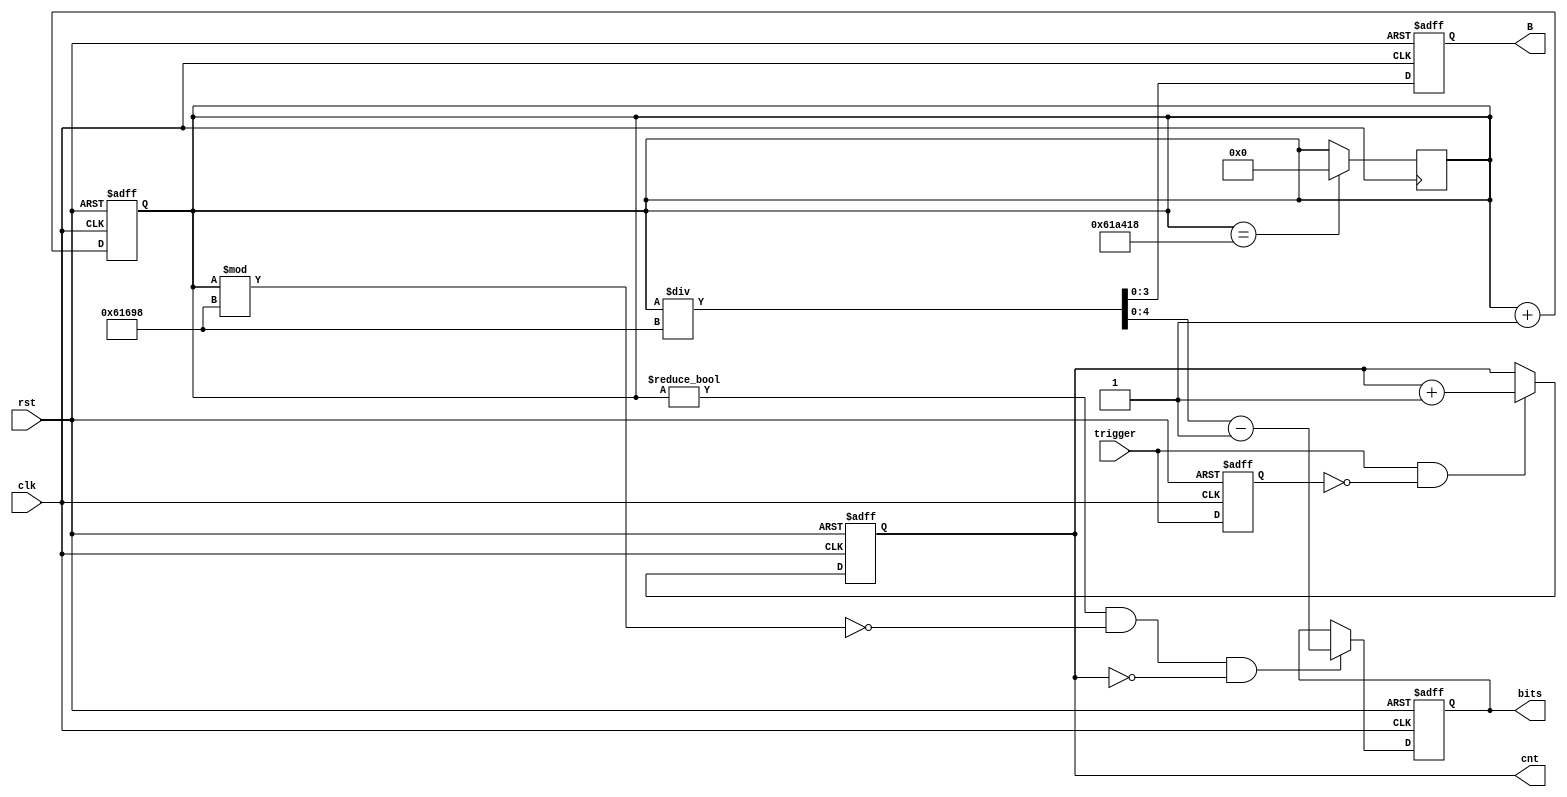
module detector(
  input wire clk,
  input wire rst,
  input wire trigger,
  //input wire start,
  output wire [18:0]cnt,
  output wire [3:0] B,
  output wire [4:0] bits
);

reg[22:0] count; //400us
reg [3:0] rB;
reg [4:0] rbits;
reg [18:0] r_cnt;
assign B=rB;
assign bits=rbits;
reg trigger_p;
assign pose=trigger && !trigger_p;
assign cnt=r_cnt;

always@(posedge clk or negedge rst)begin
    if(!rst)
        trigger_p<=0;
    else
        trigger_p<=trigger;
end

always@(posedge clk or negedge rst)begin
    if(!rst)begin
        rB<=0;
        count<=0;
        r_cnt<=0;
    end else begin
        count<=count+1'b1;
        if(count%19'd399000==0)begin
            r_cnt<=0;
            rB<=count/19'd399000;
        end else begin
            rB<=count/19'd399000;
        end

        if(pose)
            r_cnt=r_cnt+1'b1;
        else ;
    end
end

always@(posedge clk or negedge rst)begin
    if(~rst)begin
        rbits<=5'h1f;
    end else begin
        if(count!=0 && (count%19'd399000)==0 && (cnt==0))
            rbits<=count/19'd399000 - 1'b1;
        else ;
    end
end

always@(posedge clk)begin
    if(count==23'd6399000)
        count<=0;
    else;
end



endmodule